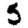
Digit: 5